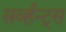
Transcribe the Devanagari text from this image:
सर्व्हन्ट्स